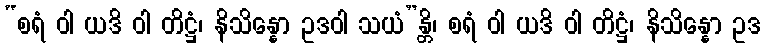
“စရံ ဝါ ယဒိ ဝါ တိဋ္ဌံ၊ နိသိန္နော ဥဒဝါ သယံ”န္တိ၊ စရံ ဝါ ယဒိ ဝါ တိဋ္ဌံ၊ နိသိန္နော ဥဒ